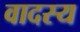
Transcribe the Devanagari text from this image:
वादस्य